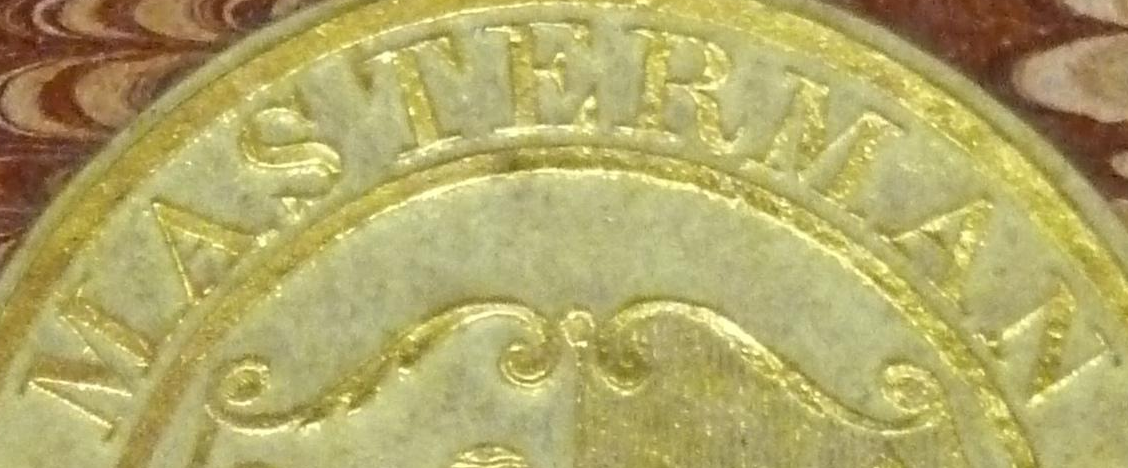
MASTERMAN